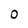
Character: O